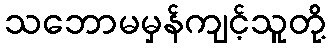
သဘောမမှန်ကျင့်သူတို့